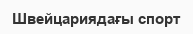
Швейцариядағы спорт